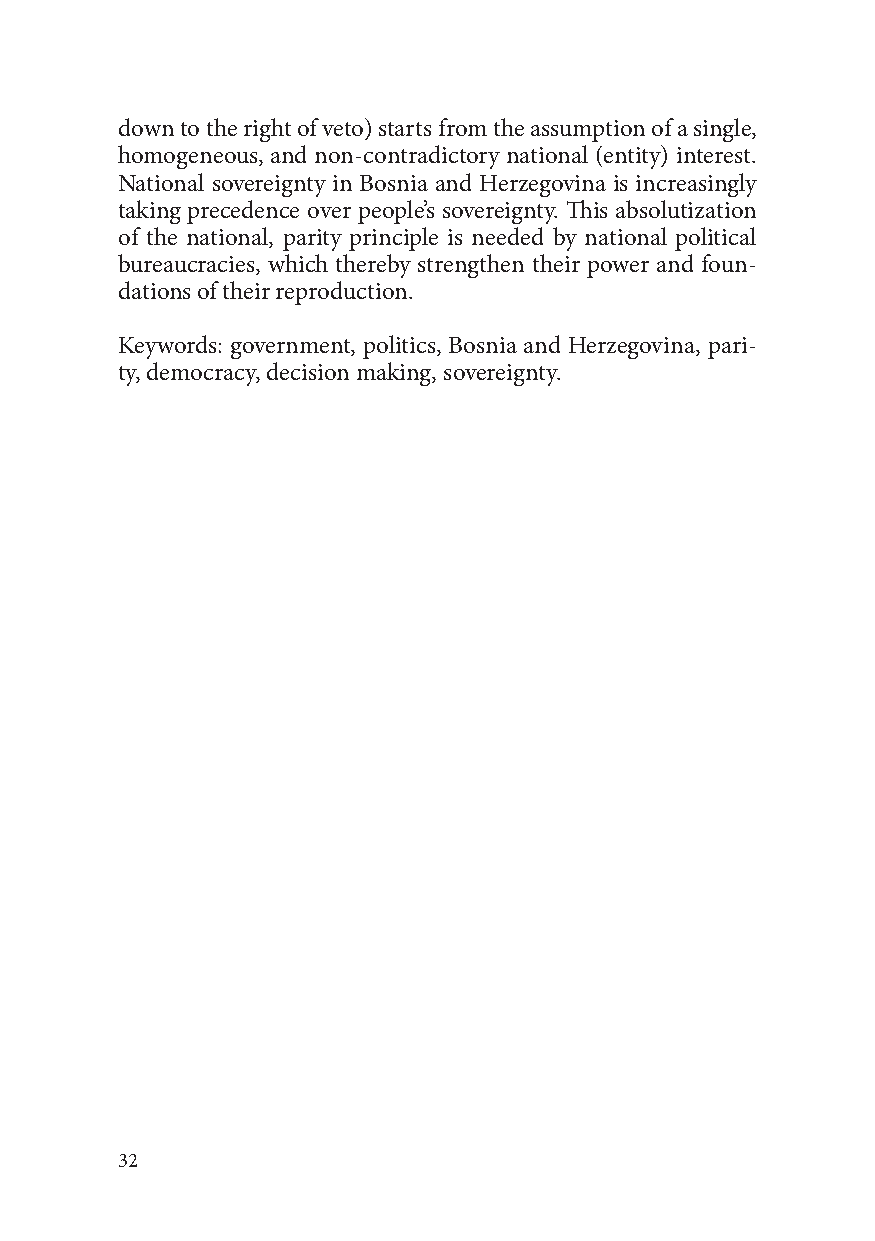
down to the right of veto) starts from the assumption of a single,
 homogeneous, and non-contradictory national (entity) interest.
 National sovereignty in Bosnia and Herzegovina is increasingly
 taking precedence over people’s sovereignty. This absolutization
 of the national, parity principle is needed by national political
 bureaucracies, which thereby strengthen their power and foun-
 dations of their reproduction.
 Keywords: government, politics, Bosnia and Herzegovina, pari-
 ty, democracy, decision making, sovereignty.
 32